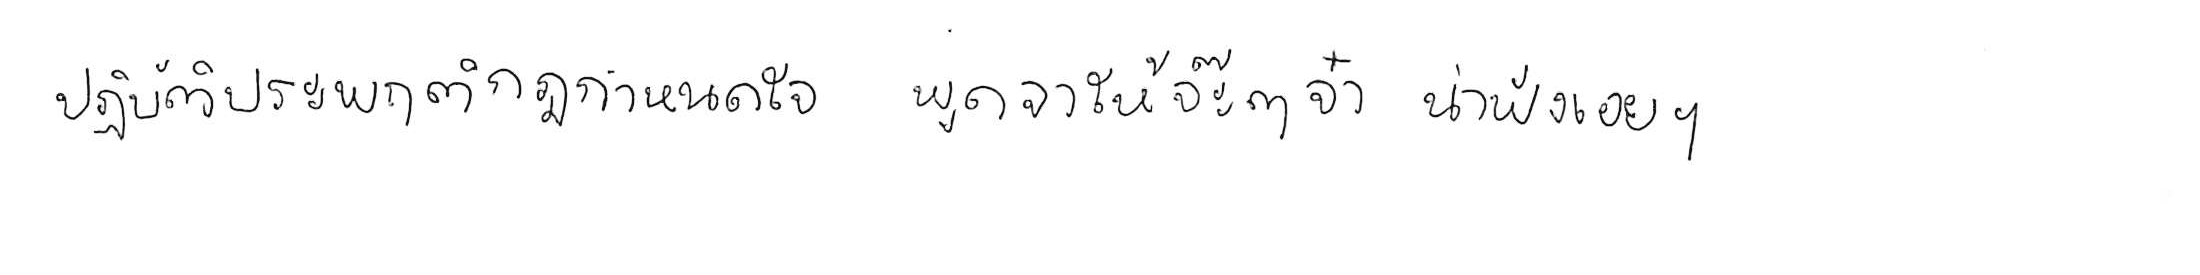
ปฏิบัติประพฤติกฎกำหนดใจ พูดจาให้จ๊ะๆ จ๋า น่าฟังเอยฯ